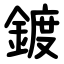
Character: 鍍